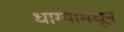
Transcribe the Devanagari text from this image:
धाग्यांमधून